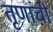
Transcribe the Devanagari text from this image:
तृणांची